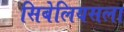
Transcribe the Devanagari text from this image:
सिबेलियसला